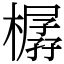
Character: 樼